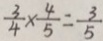
\frac { 3 } { 4 } \times \frac { 4 } { 5 } = \frac { 3 } { 5 }